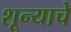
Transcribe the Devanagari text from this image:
शून्याचे